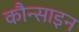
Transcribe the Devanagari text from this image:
कौन्साइन